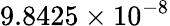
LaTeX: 9.8425\times 10^{-8}